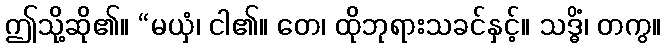
ဤသို့ဆို၏။ “မယှံ၊ ငါ၏။ တေ၊ ထိုဘုရားသခင်နှင့်။ သဒ္ဓိံ၊ တကွ။